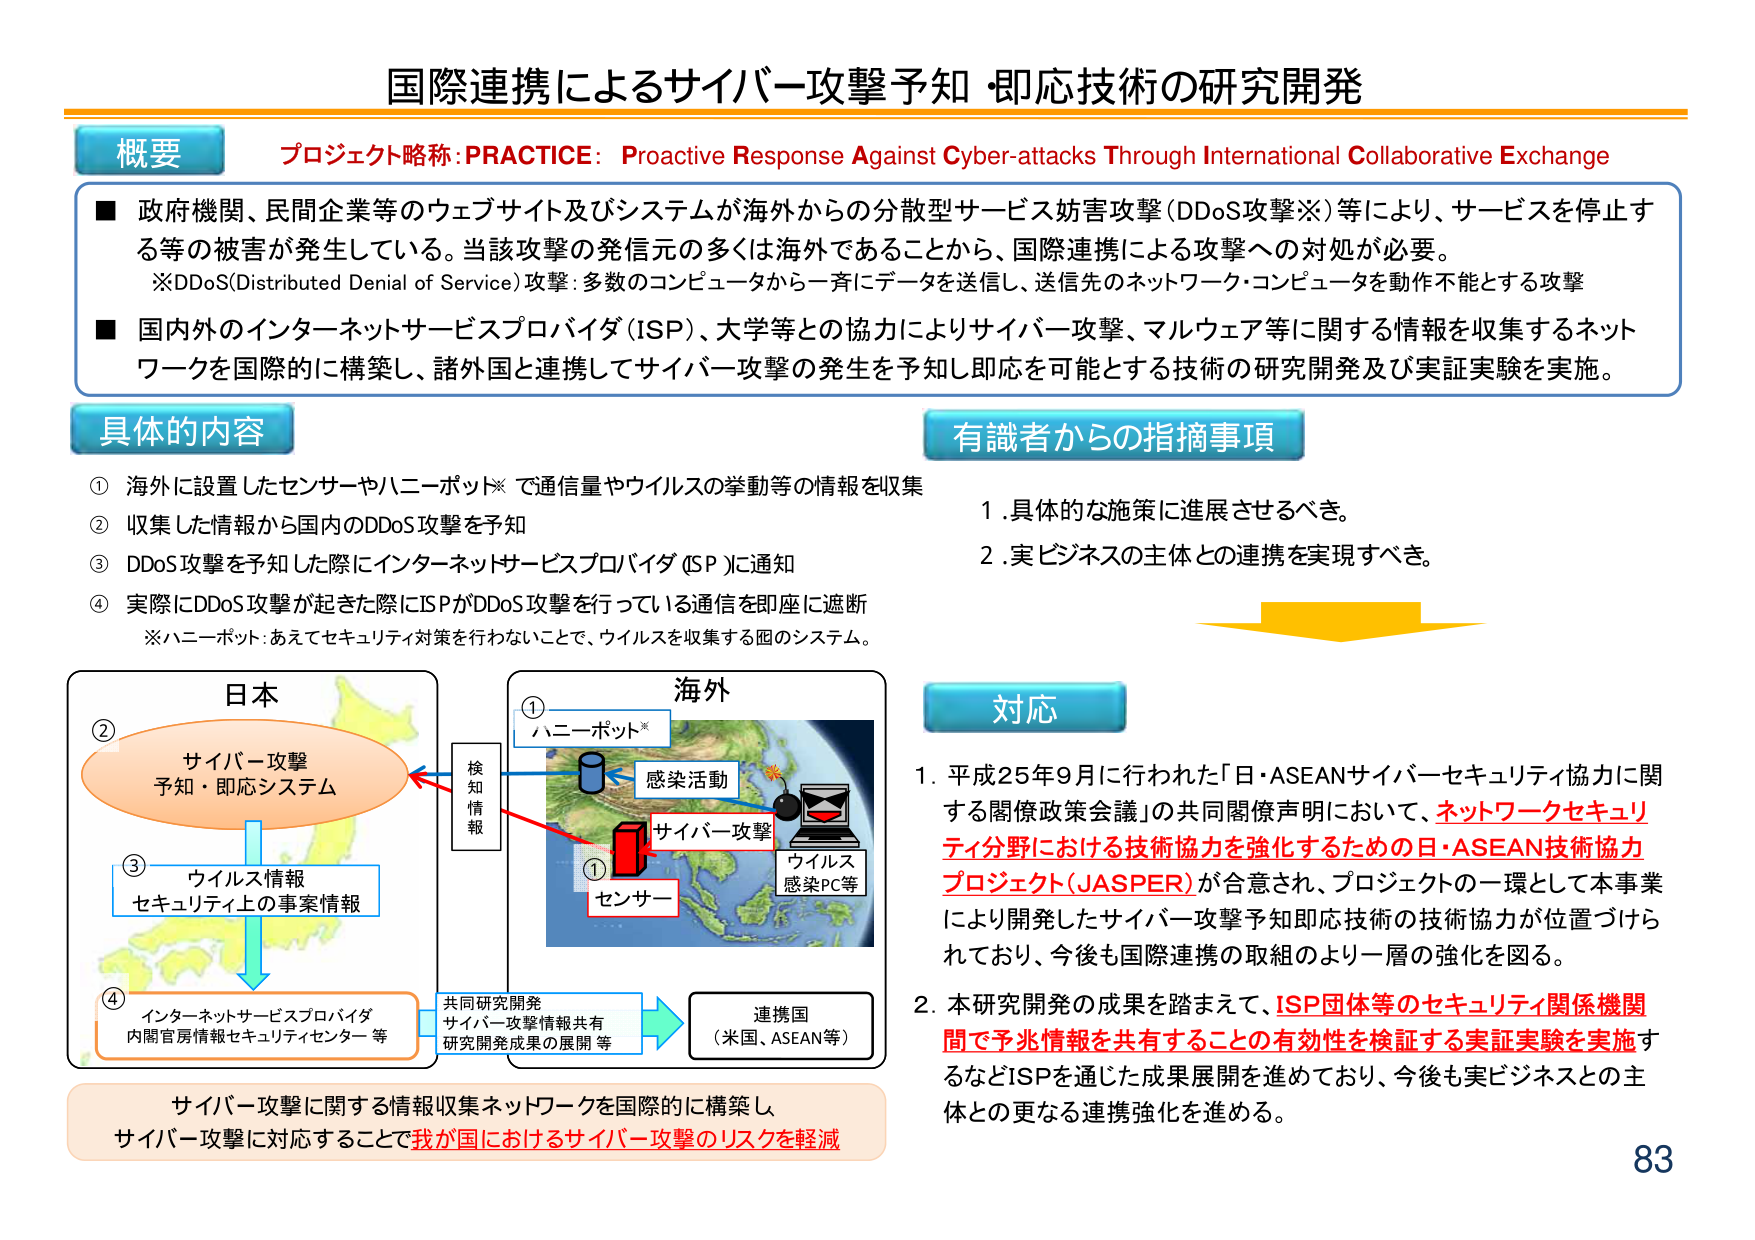
国際連携によるサイバー攻撃予知・即応技術の研究開発

概要
プロジェクト略称: PRACTICE: Proactive Response Against Cyber-attacks Through International Collaborative Exchange

■ 政府機関、民間企業等のウェブサイト及びシステムが海外からの分散型サービス妨害攻撃（DDoS攻撃※）等により、サービスを停止する等の被害が発生している。当該攻撃の発信元の多くは海外であることから、国際連携による攻撃への対処が必要。
※DDoS（Distributed Denial of Service）攻撃：多数のコンピュータから一斉にデータを送信し、送信先のネットワーク・コンピュータを動作不能とする攻撃

■ 国内外のインターネットサービスプロバイダ（ISP）、大学等との協力によりサイバー攻撃、マルウェア等に関する情報を収集するネットワークを国際的に構築し、諸外国と連携してサイバー攻撃の発生を予知し即応を可能とする技術の研究開発及び実証実験を実施。

具体的な内容
① 海外に設置したセンサーやハニーポット※で通信量やウイルスの挙動等の情報を収集
② 収集した情報から国内のDDoS攻撃を予知
③ DDoS攻撃を予知した際にインターネットサービスプロバイダ（ISP）に通知
④ 実際にDDoS攻撃が起きた際にISPがDDoS攻撃を行っている通信を即座に遮断
※ハニーポット：あえてセキュリティ対策を行わないことで、ウイルスを収集する囮のシステム。

有識者からの指摘事項
1. 具体的な施策に進展させるべき。
2. 実ビジネスの主体との連携を実現すべき。

対応
1. 平成25年9月に行われた「日・ASEANサイバーセキュリティ協力に関する閣僚政策会議」の共同閣僚声明において、ネットワークセキュリティ分野における技術協力を強化するための日・ASEAN技術協力プロジェクト（JASPER）が合意され、プロジェクトの一環として本事業により開発したサイバー攻撃予知即応技術の技術協力が位置づけられており、今後も国際連携の取組のより一層の強化を図る。
2. 本研究開発の成果を踏まえて、ISP団体等のセキュリティ関係機関間で予兆情報を共有することの有効性を検証する実証実験を実施するなどISPを通じた成果展開を進めており、今後も実ビジネスとの主体との更なる連携強化を進める。

日本
② サイバー攻撃
予知・即応システム
③ ウイルス情報
セキュリティ上の事案情報
④ インターネットサービスプロバイダ
内閣官房情報セキュリティセンター等

海外
① ハニーポット※
感染活動
サイバー攻撃
ウイルス
感染PC等
① センサー

検知情報

共同研究開発
サイバー攻撃情報共有
研究開発成果の展開等

連携国
（米国、ASEAN等）

サイバー攻撃に関する情報収集ネットワークを国際的に構築し、
サイバー攻撃に対応することで我が国におけるサイバー攻撃のリスクを軽減

83